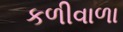
કળીવાળા